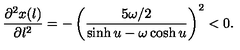
\frac { \partial ^ { 2 } x ( l ) } { \partial l ^ { 2 } } = - \left( \frac { 5 \omega / 2 } { \sinh u - \omega \cosh u } \right) ^ { 2 } < 0 .